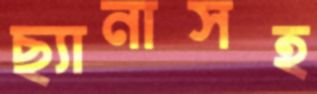
ছ্যানাসহ